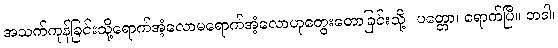
အသက်ကုန်ခြင်းသို့ရောက်အံ့လောမရောက်အံ့လောဟုတွေးတောခြင်းသို့။ ပတ္တော၊ ရောက်ပြီ။ တဒါ၊